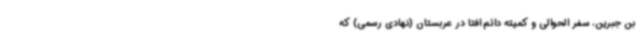
بن جبرین، سفر الحوالی و کمیته دائم افتا در عربستان (نهادی رسمی) که